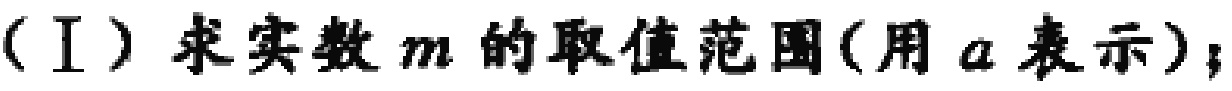
（Ⅰ）求实数\(m\)的取值范围(用\(a\)表示)；